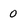
Character: 0